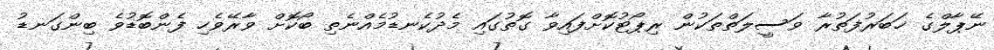
ނޭޕާލްގެ ޚަބަރުފަތުރާ ވަސީލަތްތަކުން ރިޕޯޓުކޮށްފައިވާ ގޮތުގައި މެދުކެނޑުމެއްނެތި ބޯކޮށް ވާރޭވެހި ފެންބޮޑުވެ ބިންގަނޑު